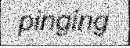
pinging